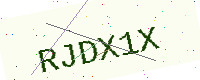
Text: RJDX1X